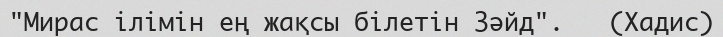
"Мирас ілімін ең жақсы білетін Зәйд".   (Хадис)